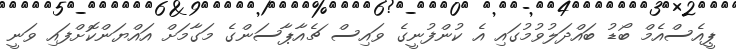
ޕީއެސްއެމް ބޯޑު ބައްދަލުވުމުގައި އެ ކުންފުނީގެ ވައިސް ޗެއާޕާސަންގެ މަގާމަށް އައްޔަންކޮށްފައި ވަނީ